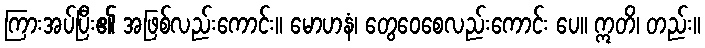
ကြားအပ်ပြီး၏ အဖြစ်လည်းကောင်း။ မောဟနံ၊ တွေဝေစေလည်းကောင်း ပေ။ ဣတိ၊ တည်း။